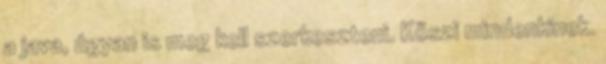
a java, úgyan is meg kell szerkeszteni. Köszi mindenkinek.